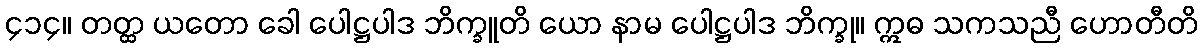
၄၁၄။ တတ္ထ ယတော ခေါ ပေါဋ္ဌပါဒ ဘိက္ခူတိ ယော နာမ ပေါဋ္ဌပါဒ ဘိက္ခု။ ဣဓ သကသညီ ဟောတီတိ